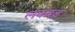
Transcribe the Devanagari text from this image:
लक्दड